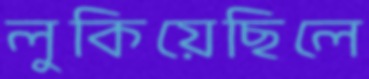
লুকিয়েছিলে